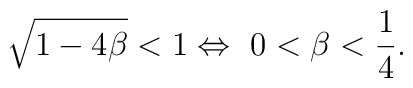
\sqrt{1-4\beta}<1 \Leftrightarrow\ 0<\beta<{1\over4}.